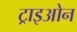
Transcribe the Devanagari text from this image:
ट्राइओन